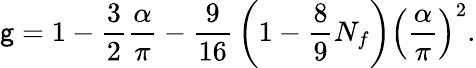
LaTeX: \mathsf{g}=1-{\frac{{3}}{{2}}}{\frac{{\alpha}}{{\pi}}}-{\frac{{9}}{{16}}}\left(1-{\frac{{8}}{{9}}}N_{f}\right)\left({\frac{{\alpha}}{{\pi}}}\right)^{2}.